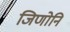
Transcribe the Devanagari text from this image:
जिणोनि